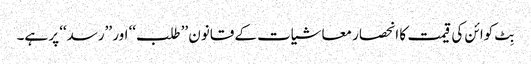
بِٹ کوائن کی قیمت کا انحصار معاشیات کے قانون ’’طلب‘‘ اور ’’رسد‘‘ پر ہے۔